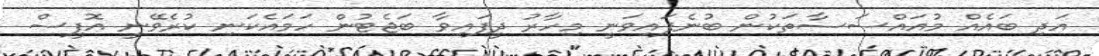
އަދި ބައެއް މުއައްސަސާތަކުން ބުނެފައިވަނީ މިހާރު ދީފައިވާ ބަޖެޓުން ހަމައެކަނި ކުރެވޭނީ އޮފީސް